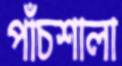
পাঁচশালা